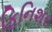
ફિનિશર